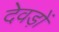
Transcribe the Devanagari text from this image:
देवड़ों